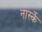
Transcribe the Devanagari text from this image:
नार्स्के